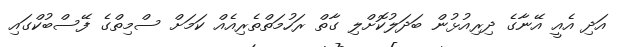
އަދި އެއީ އޭނާގެ ދިރިއުޅުން ބަދަލުކޮށްލި ގާތް ރަހުމަތްތެރިއެއް ކަމަށް ސްމިތްގެ ފޭސްބުކްގައި